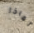
لماذا